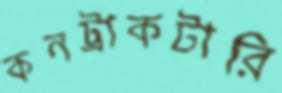
কনট্রাকটারি